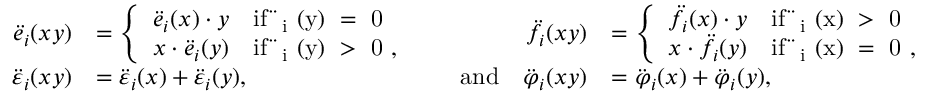
\begin{array} { r l r l r l } { \ddot { e } _ { i } ( x y ) } & { = \left\{ \begin{array} { l l } { \ddot { e } _ { i } ( x ) \cdot y } & { \mathrm { i f ~ \ddot { \varepsilon } _ i ~ ( y ) ~ = ~ 0 ~ } } \\ { x \cdot \ddot { e } _ { i } ( y ) } & { \mathrm { i f ~ \ddot { \varepsilon } _ i ~ ( y ) ~ > ~ 0 ~ , } } \end{array} \right. } & & { } & { \ddot { f } _ { i } ( x y ) } & { = \left\{ \begin{array} { l l } { \ddot { f } _ { i } ( x ) \cdot y } & { \mathrm { i f ~ \ddot { \varphi } _ i ~ ( x ) ~ > ~ 0 ~ } } \\ { x \cdot \ddot { f } _ { i } ( y ) } & { \mathrm { i f ~ \ddot { \varphi } _ i ~ ( x ) ~ = ~ 0 ~ , } } \end{array} \right. } \\ { \ddot { \varepsilon } _ { i } ( x y ) } & { = \ddot { \varepsilon } _ { i } ( x ) + \ddot { \varepsilon } _ { i } ( y ) , } & & { \mathrm { a n d } } & { \ddot { \varphi } _ { i } ( x y ) } & { = \ddot { \varphi } _ { i } ( x ) + \ddot { \varphi } _ { i } ( y ) , } \end{array}